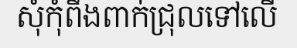
សុំកុំពឹងពាក់ជ្រុលទៅលើ